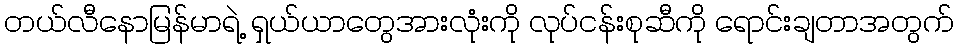
တယ်လီနောမြန်မာရဲ့ ရှယ်ယာတွေအားလုံးကို လုပ်ငန်းစုဆီကို ရောင်းချတာအတွက်